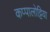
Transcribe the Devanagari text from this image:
कप्पालोट्टिया